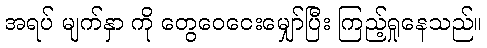
အရပ် မျက်နှာ ကို တွေဝေငေးမျှော်ပြီး ကြည့်ရှုနေသည်။